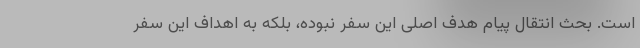
است. بحث انتقال پیام هدف اصلی این سفر نبوده، بلکه به اهداف این سفر